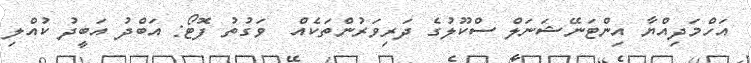
އަހްމަދިއްޔާ އިންޓަނޭޝަނަލް ސްކޫލުގެ ދަރިވަރުންތަކެއް  ވަގުތު ފޮޓޯ: އަބްދު އަބީދު ކުއްލި